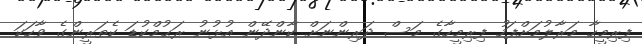
ފިރިމީހާ މަރާލުމަށްފަހު ފިރިމީހާގެ މަސް ދަރިންނަށް ކާންދޭން އުޅުނު ރަޙުމްކުޑަ ކެތަރީންގެ ވާހަކަ